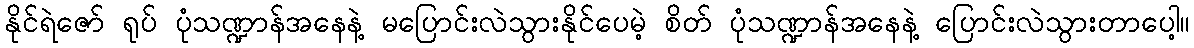
နိုင်ရဲဇော် ရုပ် ပုံသဏ္ဍာန်အနေနဲ့ မပြောင်းလဲသွားနိုင်ပေမဲ့ စိတ် ပုံသဏ္ဍာန်အနေနဲ့ ပြောင်းလဲသွားတာပေါ့။